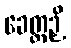
ခေတ္တဉှိ